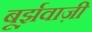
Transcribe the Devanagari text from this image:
बूर्झ़वाज़ी